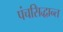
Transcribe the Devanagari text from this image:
पंचसिद्धान्त